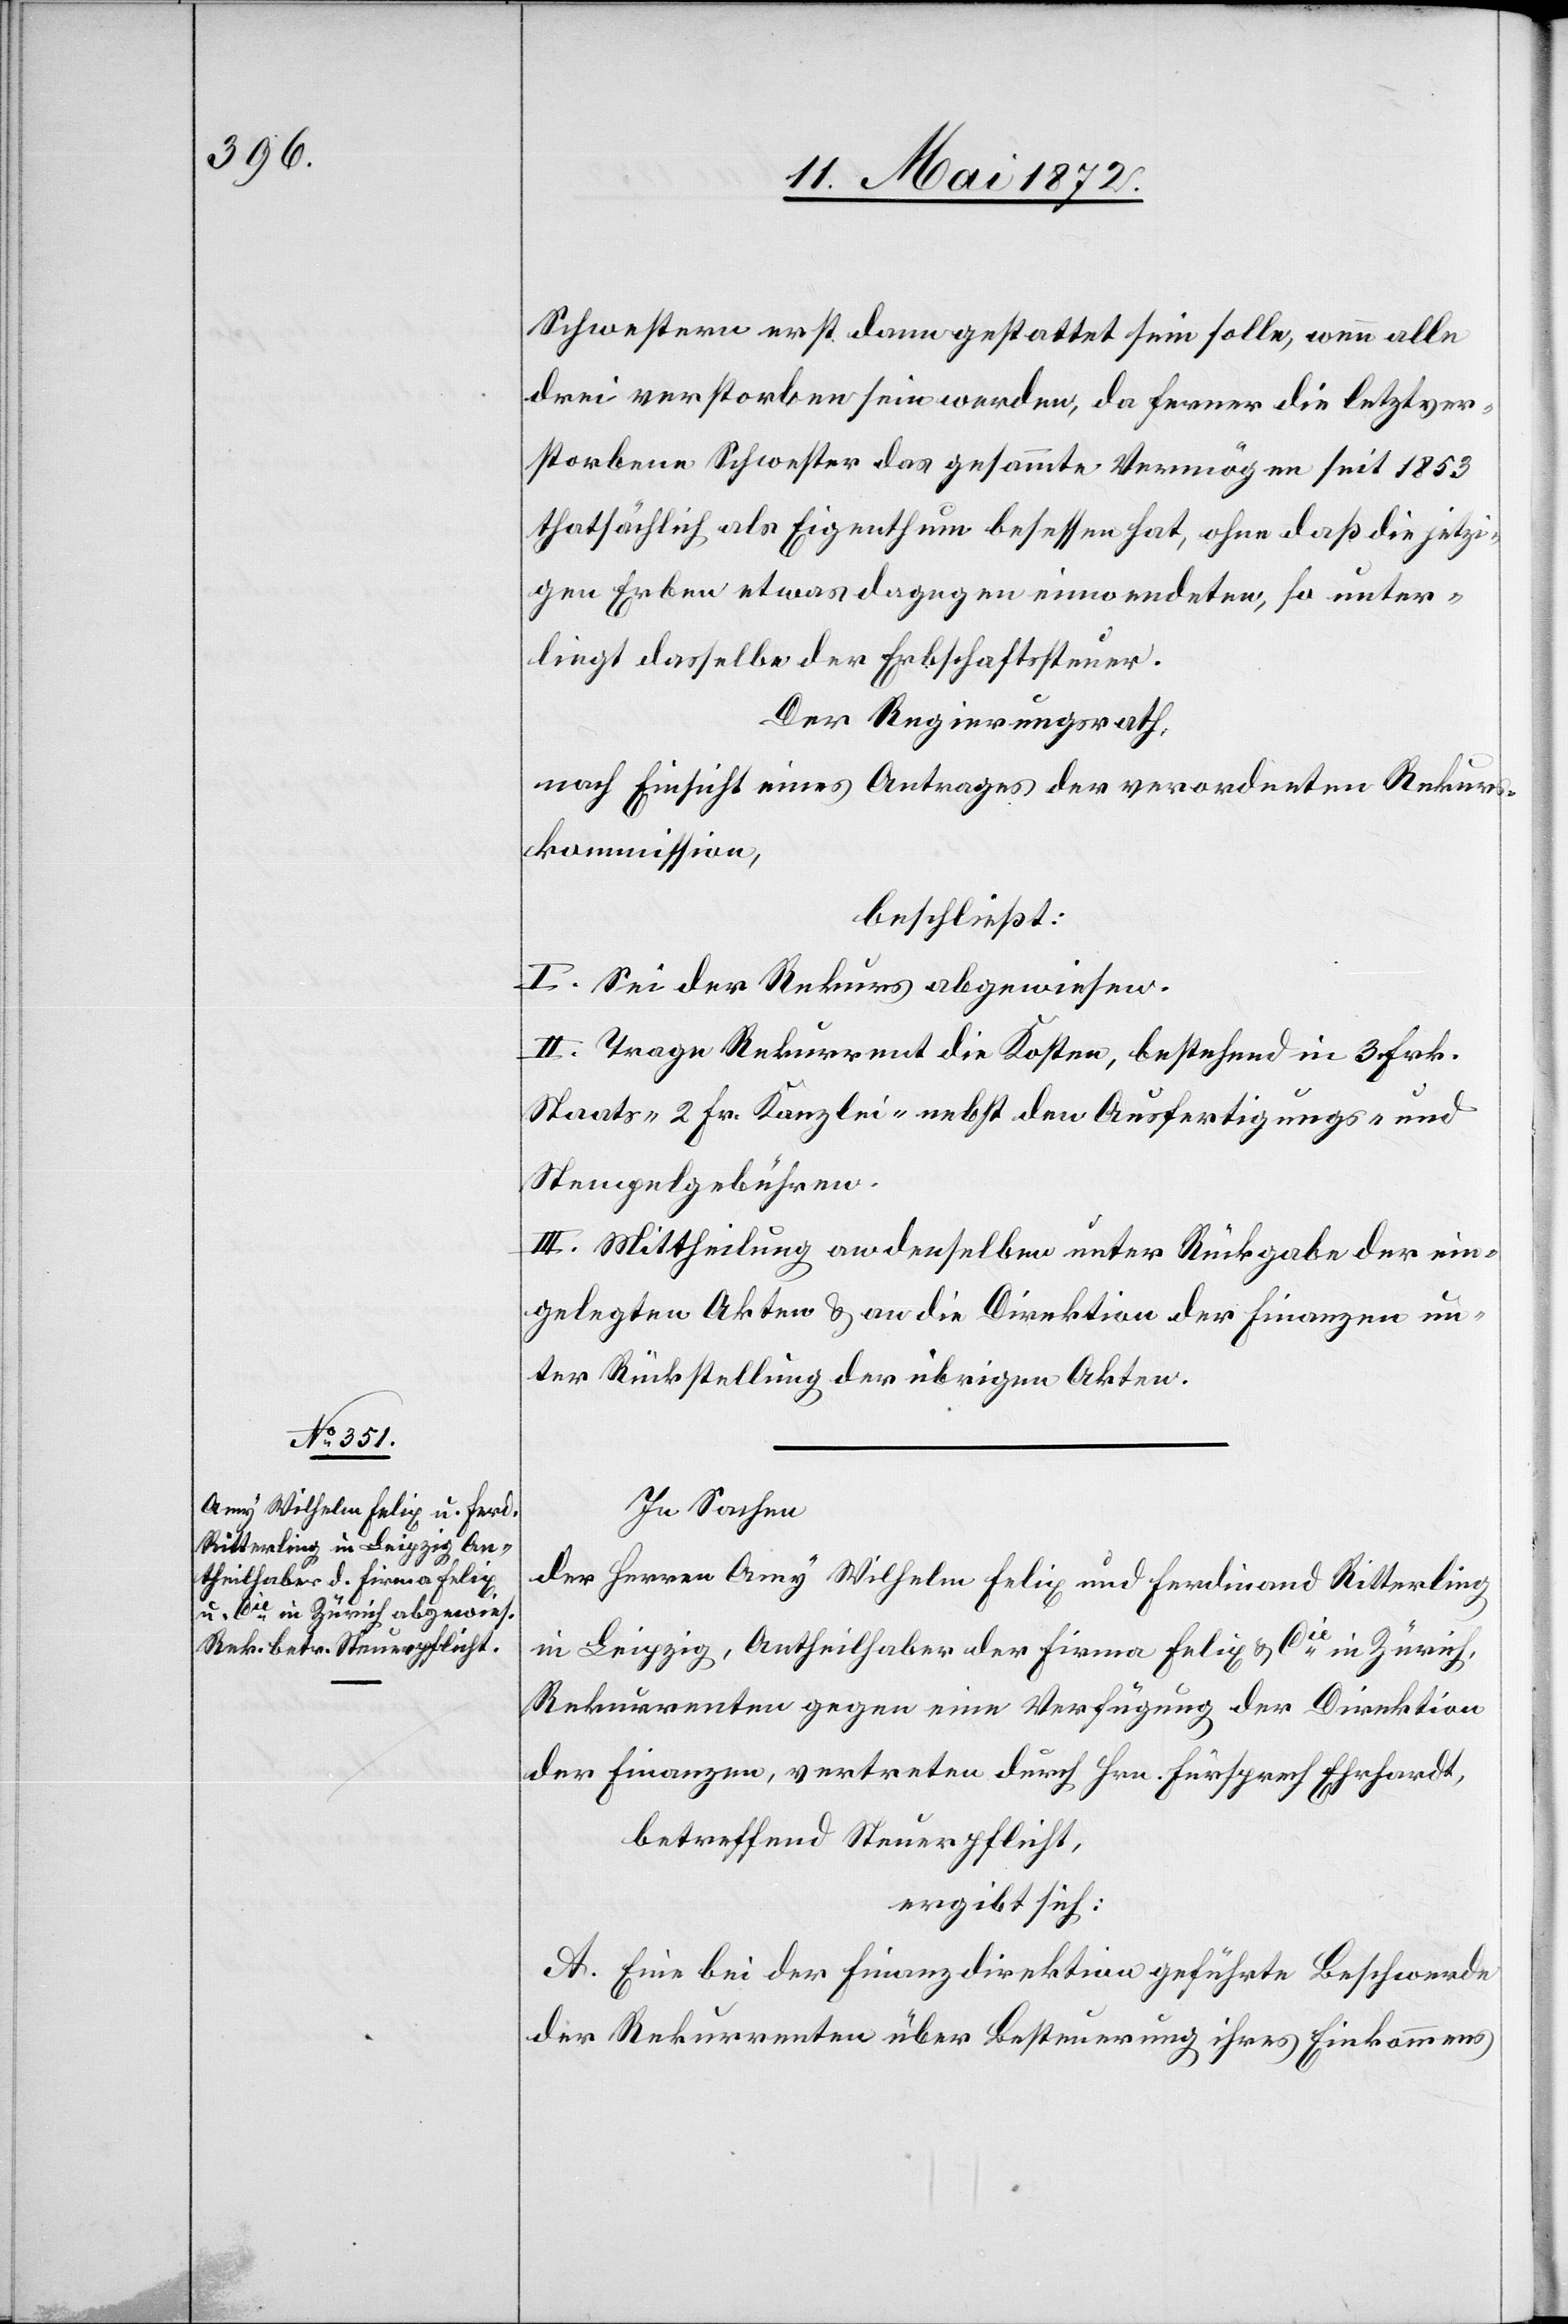
Schwestern erst dann gestattet sein solle, wenn alle
drei verstorben sein werden, da ferner die letztver¬
storbene Schwester das gesammte Vermögen seit 1853
thatsächlich als Eigenthum besessen hat, ohne daß die jetzi¬
gen Erben etwas dagegen einwendeten, so unter¬
liegt dasselbe der Erbschaftssteuer.
Der Regierungsrath,
nach Einsicht eines Antrages der verordneten Rekurs¬
kommission,
beschließt:
I. Sei der Rekurs abgewiesen.
II. Trage Rekurrent die Kosten, bestehend in 3 Frk.
Staats-[,] 2 Fr. Kanzlei- nebst den Ausfertigungs- und
Stempelgebühren.
III. Mittheilung an denselben unter Rückgabe der ein¬
gelegten Akten u. an die Direktion der Finanzen un¬
ter Rückstellung der übrigen Akten.
In Sachen
der Herren Amy Wilhelm Felix und Ferdinand Ritterling
in Leipzig, Antheilhaber der Firma Felix u. Cie in Zürich,
Rekurrenten gegen eine Verfügung der Direktion
der Finanzen, vertreten durch Hrn. Fürsprech Ehrhardt,
betreffend Steuerpflicht,
ergibt sich:
A. Eine bei der Finanzdirektion geführte Beschwerde
der Rekurrenten über Besteuerung ihres Einkommens